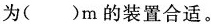
为（）m的装置合适。